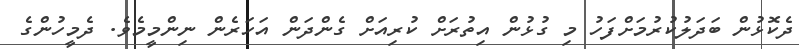
ދެކޮޅުން ބަދަލުކުރުމަށްފަހު މި ގުޅުން އިތުރަށް ކުރިއަށް ގެންދަން އަހަރެން ނިންމީމެވެ. ދެމީހުންގެ